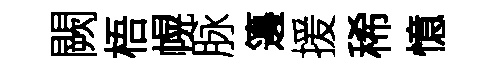
闕梧幌脉籩援稀憶